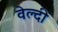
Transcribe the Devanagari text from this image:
वेल्दी